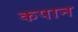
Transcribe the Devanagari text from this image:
कपान